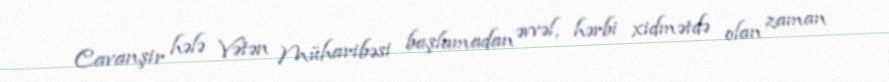
Cavanşir hələ Vətən Müharibəsi başlamadan əvvəl, hərbi xidmətdə olan zaman